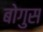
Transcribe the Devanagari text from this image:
बोगुस